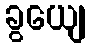
ခွယျေ